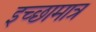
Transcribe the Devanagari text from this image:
इच्छामात्र